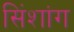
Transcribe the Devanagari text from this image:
सिंशांग